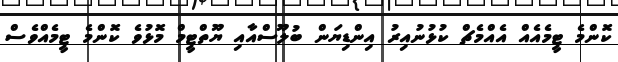
ކޮންމެ ޓީމެއެއް އެއްމެޗް ކުޅުނުއިރު އިންޑިޔަން ބުލޫސްއާއި ޔޫތްޓީމް މޮޅުވެ ކޮންމެ ޓީމެއްވެސް